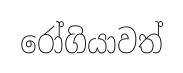
රෝගියාවත්